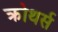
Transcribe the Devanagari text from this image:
क्रोथर्स